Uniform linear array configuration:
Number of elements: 16
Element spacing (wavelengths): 0.5
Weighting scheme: cosine
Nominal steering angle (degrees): -60
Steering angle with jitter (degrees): -58.285
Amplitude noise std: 0.05
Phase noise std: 0.05

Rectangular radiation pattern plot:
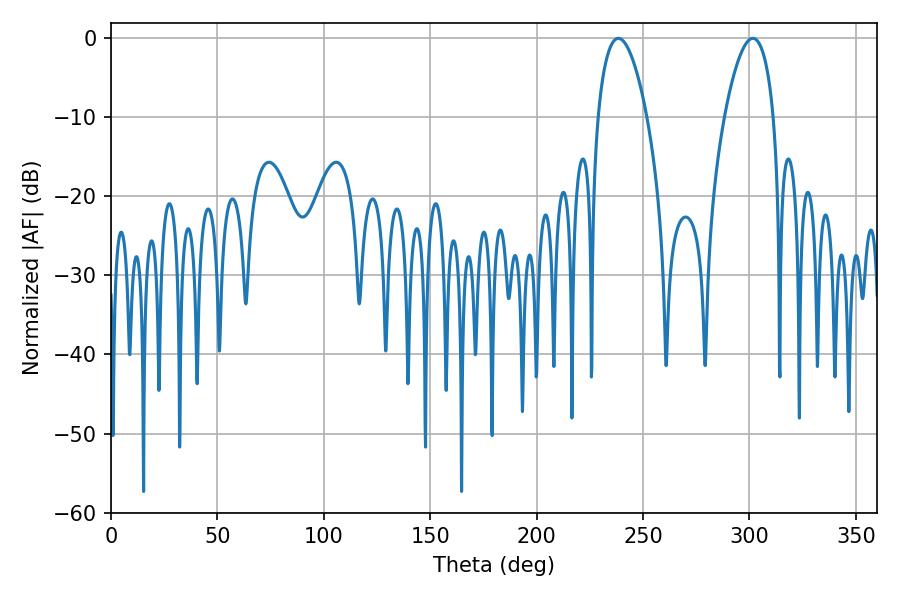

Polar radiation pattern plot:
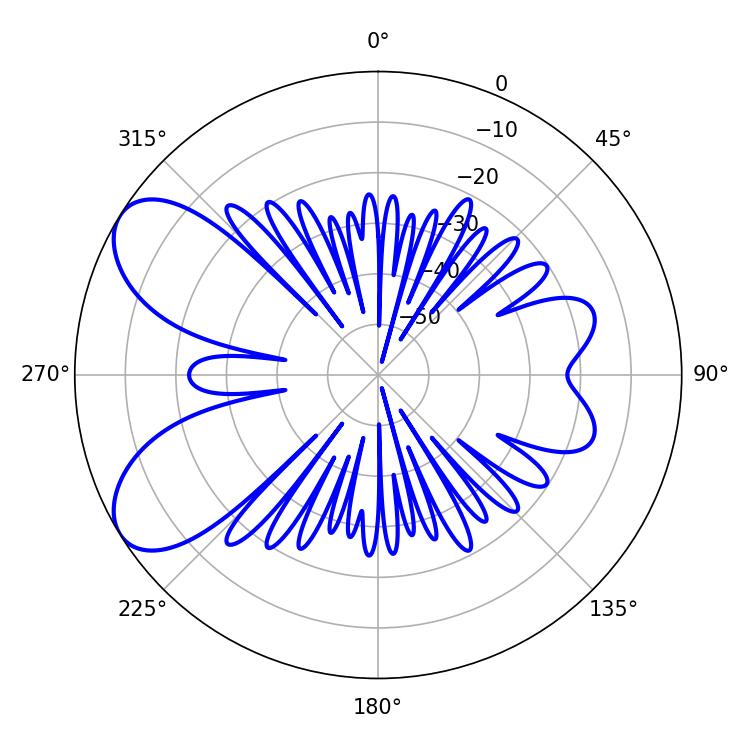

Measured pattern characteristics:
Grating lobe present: FALSE
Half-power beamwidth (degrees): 12.96
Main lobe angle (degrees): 238.32